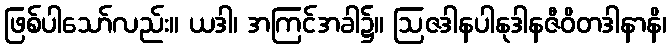
ဖြစ်ပါသော်လည်း။ ယဒါ၊ အကြင်အခါ၌။ ဩဇဒါနပါနုဒါနဇီဝိတဒါနာနိ၊